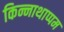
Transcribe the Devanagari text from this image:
किन्नाथाप्पम